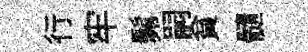
行牢髴嗣貧髓